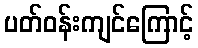
ပတ်ဝန်းကျင်ကြောင့်